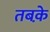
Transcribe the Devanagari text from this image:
तबके़